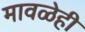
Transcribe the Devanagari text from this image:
मावळेही